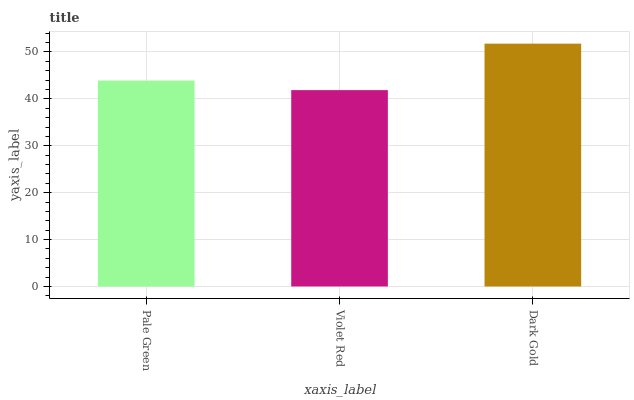
| xaxis_label | bars |
 | --- | --- |
 | Pale Green | 43.9 |
 | Violet Red | 41.9 |
 | Dark Gold | 51.8 |